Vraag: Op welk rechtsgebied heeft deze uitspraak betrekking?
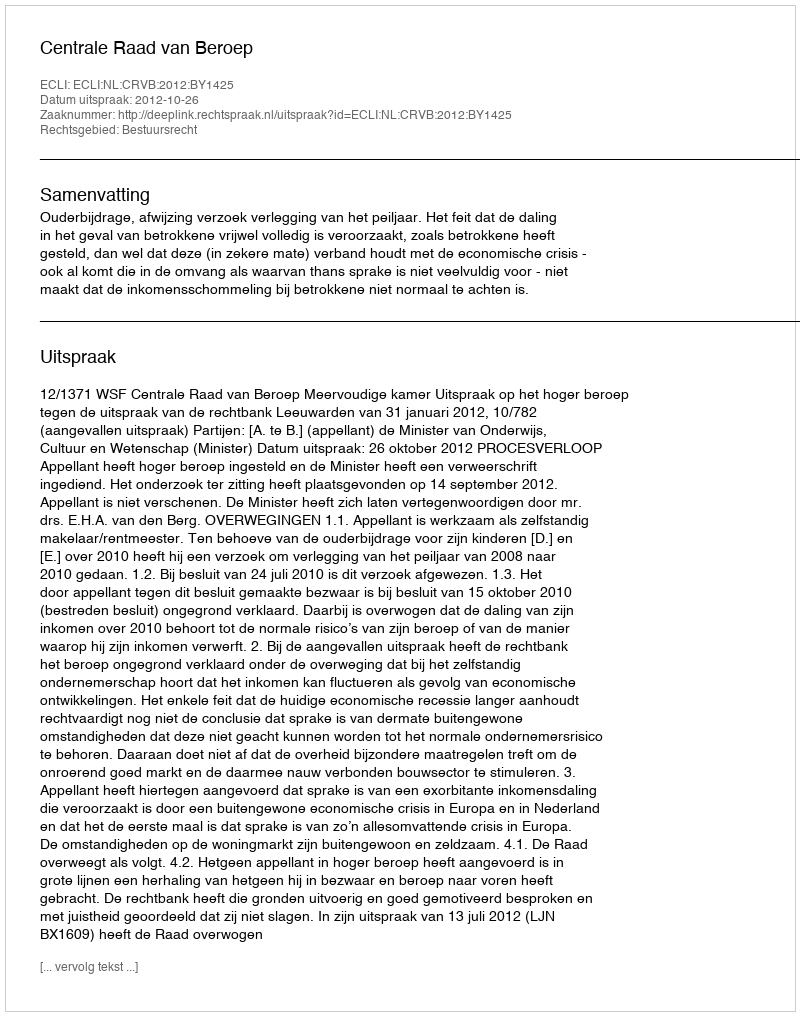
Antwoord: Bestuursrecht